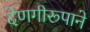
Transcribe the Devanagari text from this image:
देणगीरूपाने